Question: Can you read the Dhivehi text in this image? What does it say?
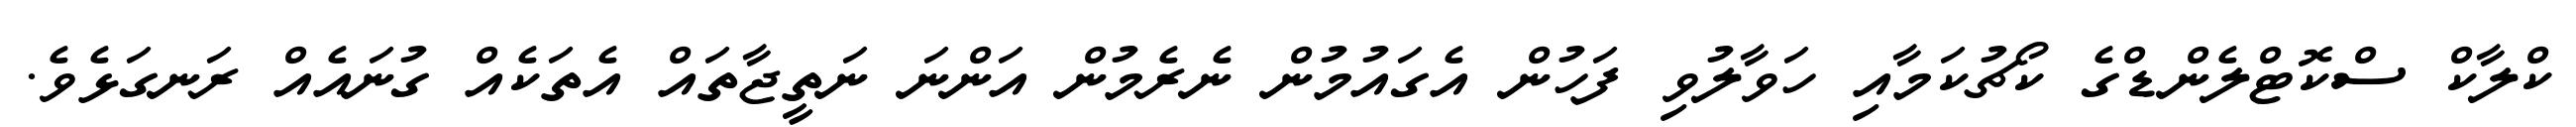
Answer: ކްލާކް ސްކޮޓްލެންޑްގެ ކޯޗުކަމާއި ހަވާލުވި ފަހުން އެގައުމުން ނެރެމުން އަންނަ ނަތީޖާތައް އެތަކެއް ގުނައެއް ރަނގަޅެވެ.